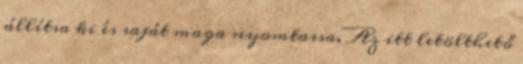
állítsa ki és saját maga nyomtassa. Az itt letölthető